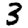
Digit: 3